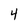
Character: 4